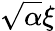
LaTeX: \sqrt{\alpha}\xi